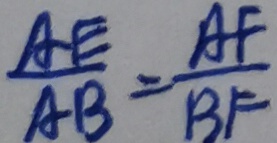
\frac { A E } { A B } = \frac { A F } { B F }